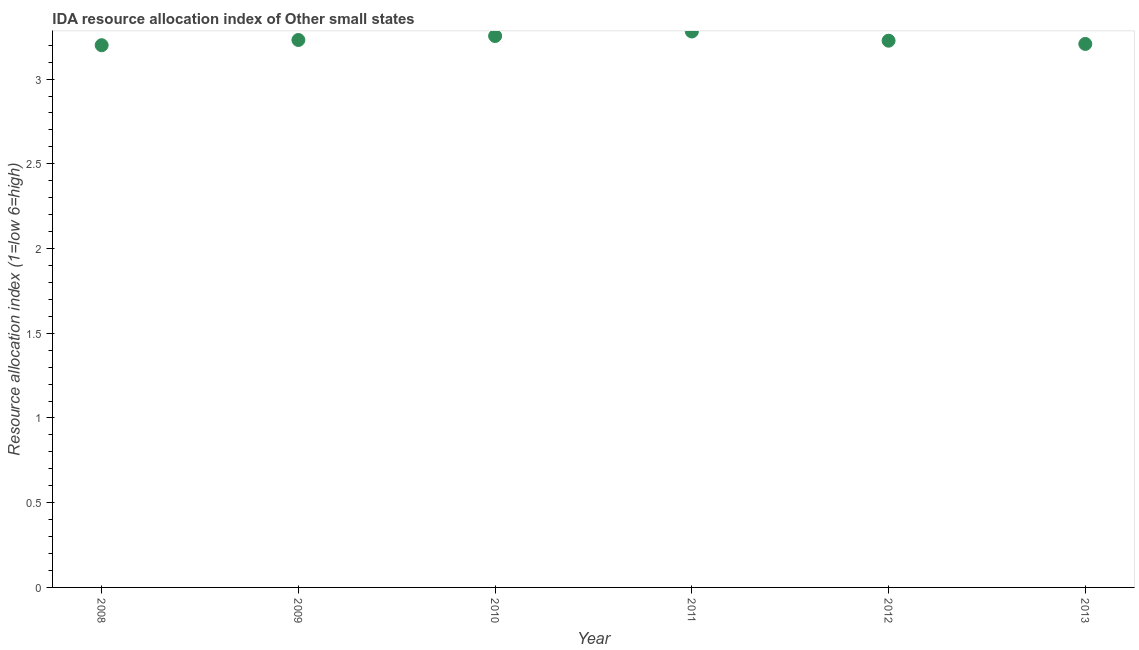
| Year | IDA resource allocation index |
 | --- | --- |
 | 2008 | 3.2 |
 | 2009 | 3.23 |
 | 2010 | 3.25 |
 | 2011 | 3.28 |
 | 2012 | 3.23 |
 | 2013 | 3.21 |